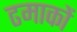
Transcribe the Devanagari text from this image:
ढमाकों